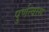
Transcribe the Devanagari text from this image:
पुर्णत्‍वास